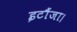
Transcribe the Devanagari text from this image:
इटौंजा।